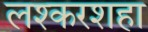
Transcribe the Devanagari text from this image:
लश्करशहा